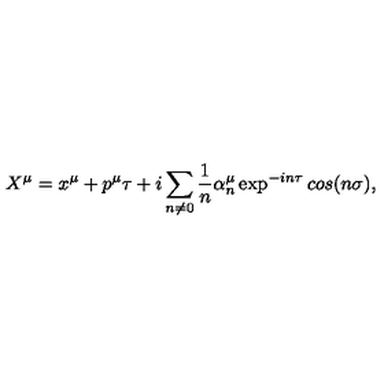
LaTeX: X ^ { \mu } = x ^ { \mu } + p ^ { \mu } \tau + i \sum _ { n \neq 0 } \frac { 1 } { n } \alpha _ { n } ^ { \mu } \exp ^ { - i n \tau } c o s ( n \sigma ) , \nonumber